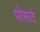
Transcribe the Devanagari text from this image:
पोसते